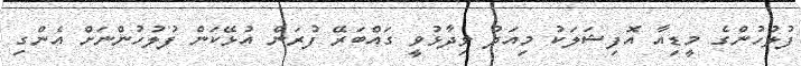
ފުލުހުންގެ މީޑިއާ އޮފިޝަލަކު މިއަދު ވިދާޅުވީ ގައްބަރޭ ފުރަން އުޅޭކަން ފުލުހުންނަށް އެންގި